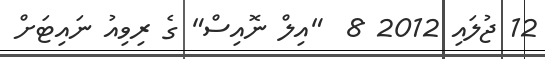
12 ޖުލައި 2012 8  "އިލް ނޮއިސް" ގެ ރިވިއު ނައިޓަށް